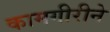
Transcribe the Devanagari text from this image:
कामगीरीने